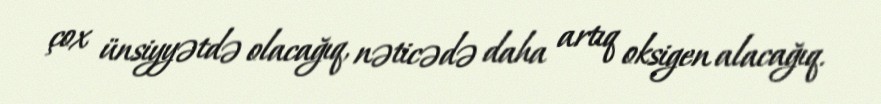
çox ünsiyyətdə olacağıq, nəticədə daha artıq oksigen alacağıq.